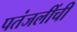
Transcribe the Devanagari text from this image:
पतंजलींची